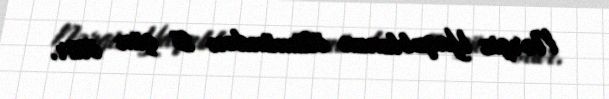
Nərgiz Yaqublunun ölümündən 5 gün ötür.